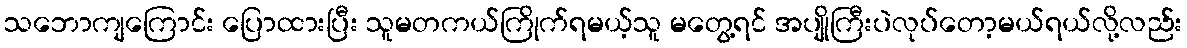
သဘောကျကြောင်း ပြောထားပြီး သူမတကယ်ကြိုက်ရမယ့်သူ မတွေ့ရင် အပျိုကြီးပဲလုပ်တော့မယ်ရယ်လို့လည်း